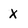
Character: X